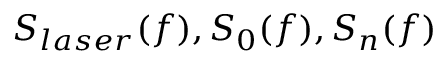
S _ { l a s e r } ( f ) , S _ { 0 } ( f ) , S _ { n } ( f )